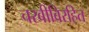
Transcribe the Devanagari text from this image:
चरबीविरहित